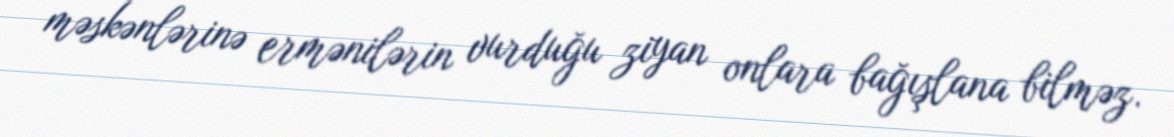
məskənlərinə ermənilərin vurduğu ziyan onlara bağışlana bilməz.